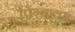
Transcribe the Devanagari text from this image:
पिंग्कलम